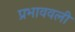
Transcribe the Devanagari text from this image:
प्रभाववली